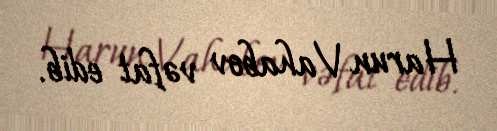
Harun Vahabov vəfat edib.